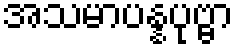
အသမာပန္နပုဗ္ဗာ